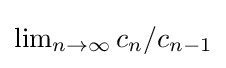
{\textstyle \lim _{n\to \infty }{c_{n}/c_{n-1}}}